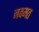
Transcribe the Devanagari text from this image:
नवमत